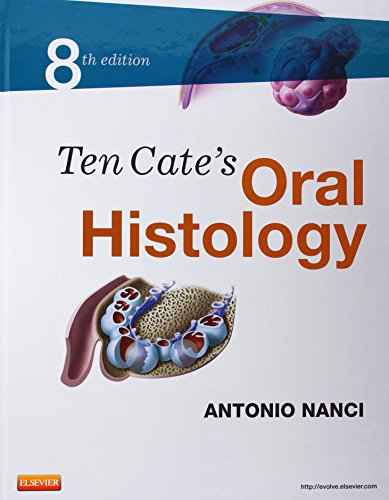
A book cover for Ten Cate's Oral Histology: Development, Structure, and Function, 8e; Antonio Nanci PhD; Medical Books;